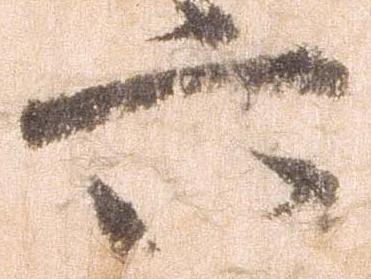
六